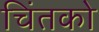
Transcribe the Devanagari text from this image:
चिंतको